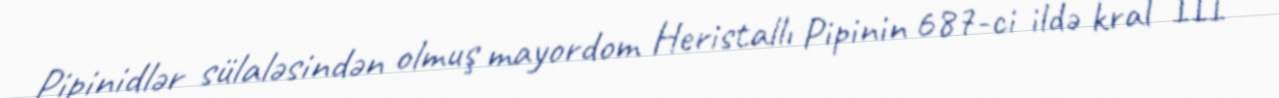
Pipinidlər sülaləsindən olmuş mayordom Heristallı Pipinin 687-ci ildə kral III